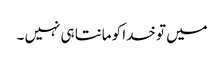
میں تو خدا کو مانتا ہی نہیں ۔